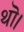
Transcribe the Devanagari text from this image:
थॊ।